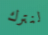
لنترك